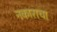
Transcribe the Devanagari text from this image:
नकाराचा